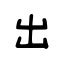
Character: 出